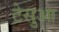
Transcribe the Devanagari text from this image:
टेसुआ